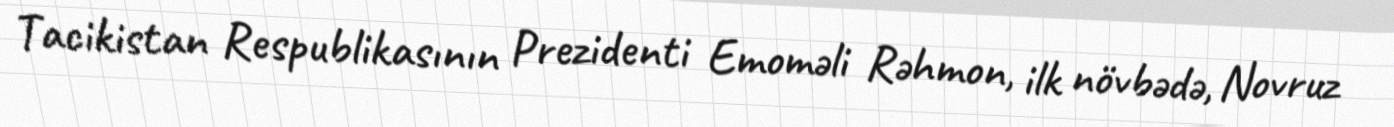
Tacikistan Respublikasının Prezidenti Emoməli Rəhmon, ilk növbədə, Novruz